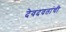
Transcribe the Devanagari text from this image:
देवदवतांची